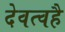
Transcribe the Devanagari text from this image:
देवत्वहै